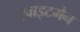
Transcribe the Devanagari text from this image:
ह्वाइटमैन